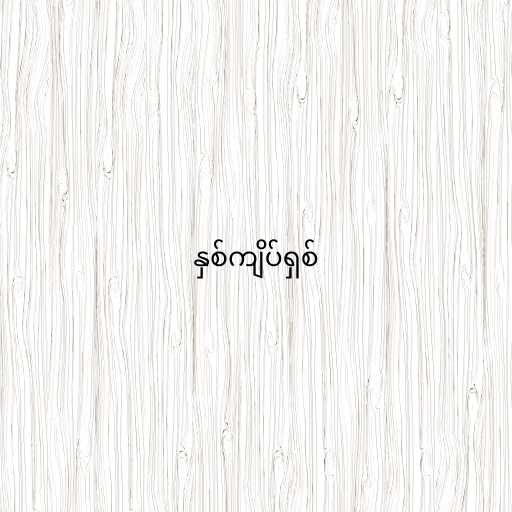
နှစ်ကျိပ်ရှစ်